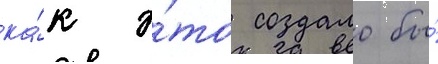
ка́к э́то создало бы́